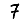
Digit: 7